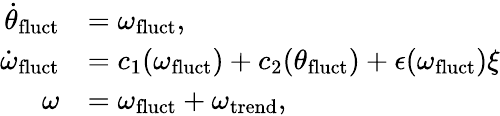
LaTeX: \begin{array}{rl}{\dot{\theta}_{\mathrm{fluct}}}&{=\omega_{\mathrm{fluct}},}\\ {\dot{\omega}_{\mathrm{fluct}}}&{=c_{1}(\omega_{\mathrm{fluct}})+c_{2}(\theta_{\mathrm{fluct}})+\epsilon(\omega_{\mathrm{fluct}})\xi}\\ {\omega}&{=\omega_{\mathrm{fluct}}+\omega_{\mathrm{trend}},}\end{array}